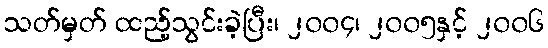
သတ်မှတ် ထည့်သွင်းခဲ့ပြီး၊ ၂၀၀၄၊ ၂၀၀၅နှင့် ၂၀၀၆